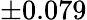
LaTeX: \pm 0.079